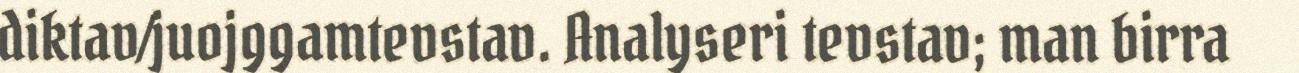
diktav/juojggamtevstav. Analyseri tevstav; man birra